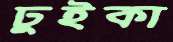
ঢুইকা